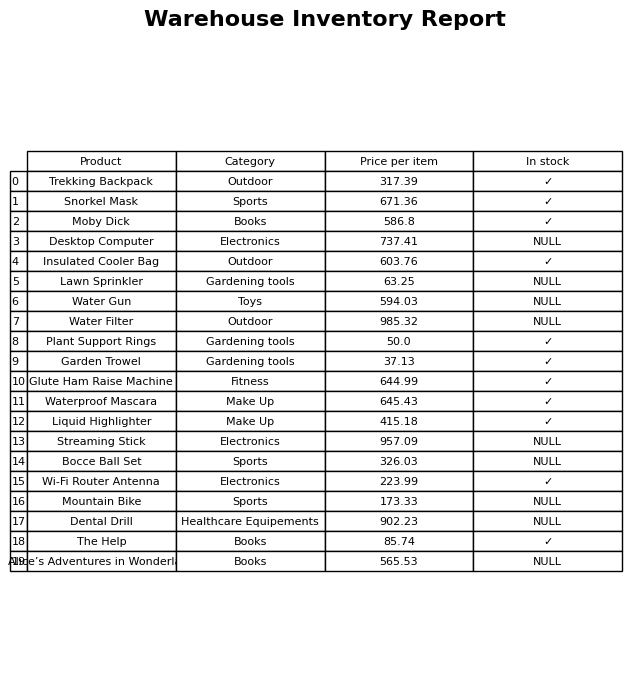
question: What is the price of the Insulated Cooler Bag?
answer: The price of Insulated Cooler Bag is 603.76.